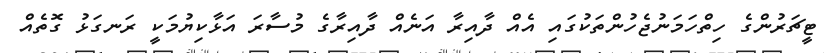
ޓީޗަރުންގެ ހިތްހަމަނުޖެހުންތަކުގައި އެއް ދާއިރާ އަނެއް ދާއިރާގެ މުސާރަ އަޅާކިޔުމަކީ ރަނގަޅު ގޮތެއް